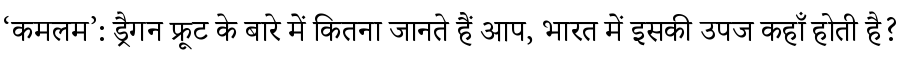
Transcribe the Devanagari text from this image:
‘कमलम’: ड्रैगन फ्रूट के बारे में कितना जानते हैं आप, भारत में इसकी उपज कहाँ होती है?